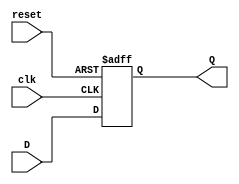
module D_FF (input clk,reset,input D, output reg Q);
  always@(posedge clk or negedge reset) begin
    if(!reset) Q <= 0;
    else Q <= D;
  end
endmodule
module tb;
  reg clk,reset;
  reg D;
  wire Q;
  D_FF dff(clk,reset,D,Q);
  always #2 clk = ~clk;
  initial begin
    clk = 0; reset = 0;
    D = 0;
    #3 reset = 1;
    repeat(6) begin
      D = $urandom_range(0, 1);
      #3;
    end
    reset = 0; #3;
    reset = 1;
    repeat(6) begin
      D = $urandom_range(0, 1);
      #3;
    end
    $finish;
  end
  initial begin
    $dumpfile("dump.vcd");
    $dumpvars(1);
  end
endmodule